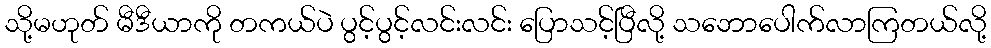
သို့မဟုတ် မီဒီယာကို တကယ်ပဲ ပွင့်ပွင့်လင်းလင်း ပြောသင့်ပြီလို့ သဘောပေါက်လာကြတယ်လို့